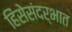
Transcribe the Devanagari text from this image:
हिंसेसंदर्भात